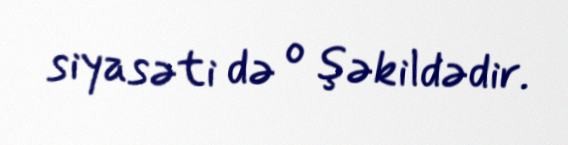
siyasəti də o şəkildədir.